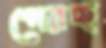
পেরচ্ছ